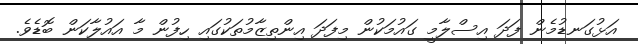
އަޅުގަނޑުމެން ފަދަ އިސްލާމީ ގައުމަކުން މިފަދަ އިންތިޒާމުތަކުގައި ހިފުން މާ އައުލާކަން ބޮޑެވެ.